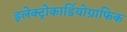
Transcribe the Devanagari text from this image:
इलेक्ट्रोकार्डियोग्राफिक